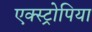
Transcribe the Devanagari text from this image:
एक्स्ट्रोपिया